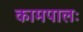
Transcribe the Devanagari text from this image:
कामपालः